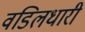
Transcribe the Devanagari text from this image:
वडिलधारी